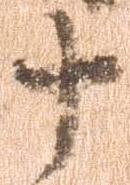
十